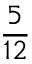
\frac { 5 } { 1 2 }